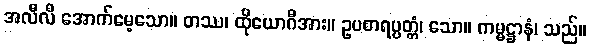
အလီလီ အောက်မေ့သော။ တဿ၊ ထိုယောဂီအား။ ဥပစာရပ္ပတ္တံ၊ သော။ ကမ္မဋ္ဌာနံ၊ သည်။